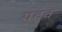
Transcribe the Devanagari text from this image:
यदव